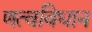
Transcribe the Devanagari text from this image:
णत्वविधान